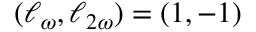
( \ell _ { \omega } , \ell _ { 2 \omega } ) = \left( 1 , - 1 \right)